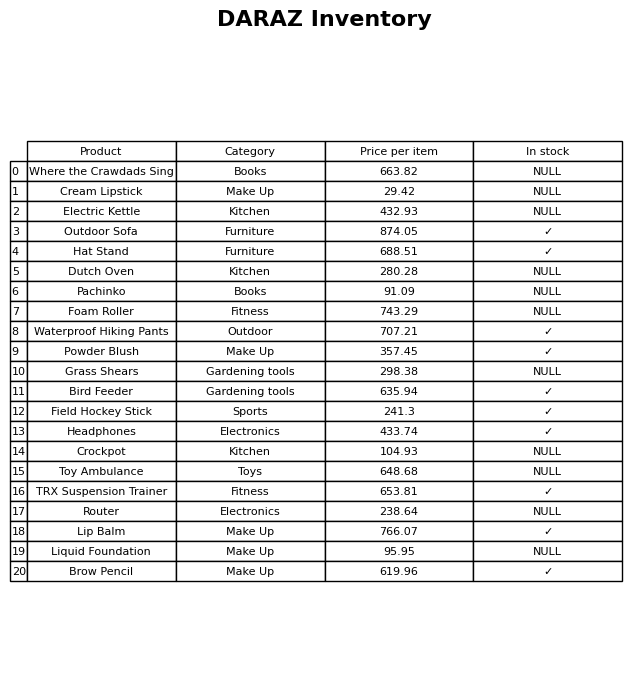
question: What is the price of the Liquid Foundation?
answer: The price of Liquid Foundation is 95.95.